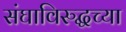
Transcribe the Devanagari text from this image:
संघाविरुद्धच्या